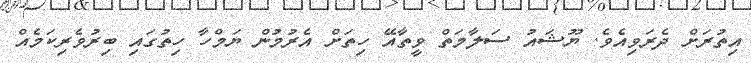
އިތުރަށް ދެރަވިއެވެ. ޔޫޝައު ސަލާމަތް ވީތާއޭ ހިތަށް އެރުމުން ޔަމްހާ ހިތުގައި ބިރުވެރިކަމެއް